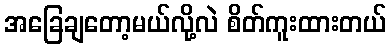
အခြေချတော့မယ်လို့လဲ စိတ်ကူးထားတယ်